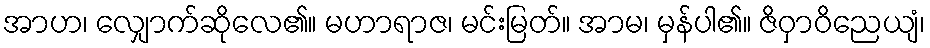
အာဟ၊ လျှောက်ဆိုလေ၏။ မဟာရာဇ၊ မင်းမြတ်။ အာမ၊ မှန်ပါ၏။ ဇိဝှာဝိညေယျံ၊